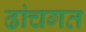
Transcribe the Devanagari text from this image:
ढांचगत